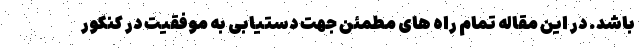
باشد. در این مقاله تمام راه های مطمئن جهت دستیابی به موفقیت در کنکور